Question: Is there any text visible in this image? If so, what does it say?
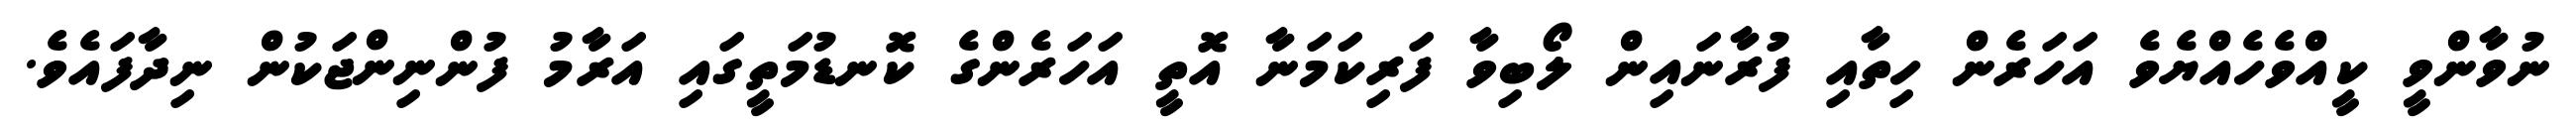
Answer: ނުވާންވީ ކީއްވެހެއްޔެވެ އަހަރެން ހިތާއި ފުރާނައިން ލޯބިވާ ފަރިކަމަނާ އޮތީ އަހަރެންގެ ކޮނޑުމަތީގައި އަރާމު ފުންނިންޖަކުން ނިދާފައެވެ.